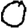
Digit: 0